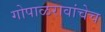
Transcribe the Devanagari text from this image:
गोपाळरावांचेच